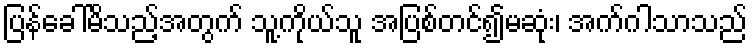
ပြန်ခေါ်မိသည့်အတွက် သူ့ကိုယ်သူ အပြစ်တင်၍မဆုံး၊ အက်ဂါသာသည်